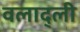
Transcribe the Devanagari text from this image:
वलाद्ली